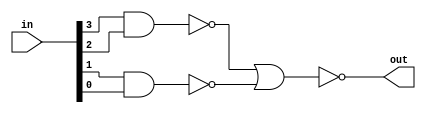
module nand_nor_2 (in,out );
   input [3:0] in;
   output      out ;
   wire w1, w2;

      nand(w1,in[3],in[2]);
   nand(w2,in[1],in[0]);
   nor(out,w1,w2);
endmodule